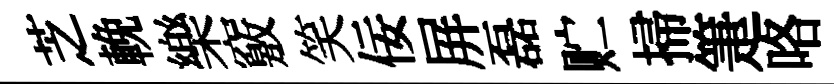
芝輓樂竅笑佞屏磊贮掃箑咯